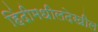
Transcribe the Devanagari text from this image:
हिंदीमधीलदेखील